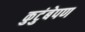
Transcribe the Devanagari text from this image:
कुटुंबेपण